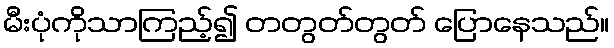
မီးပုံကိုသာကြည့်၍ တတွတ်တွတ် ပြောနေသည်။